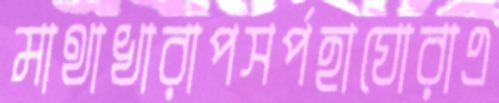
মাথাখারাপসর্পহাঘোরাএ